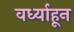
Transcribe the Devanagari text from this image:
वर्ध्याहून